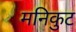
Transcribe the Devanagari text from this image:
मनिकुट